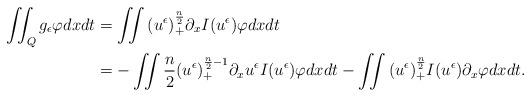
LaTeX: \begin{align*}\iint_Q{g_\epsilon \varphi} dx dt & =\iint{(u^\epsilon)_+^\frac{n}{2} \partial_x I(u^\epsilon) \varphi } dx dt \\& = - \iint{\frac{n}{2} (u^\epsilon)_+^{\frac{n}{2}-1} \partial_x u^\epsilon I(u^\epsilon) \varphi} dx dt - \iint{(u^\epsilon)_+^\frac{n}{2} I(u^\epsilon) \partial_x \varphi} dx dt.\end{align*}